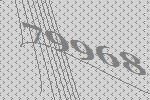
79968